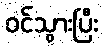
ဝင်သွားပြီး